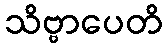
သိဗ္ဗာပေတိ